Report on vaccination in the Province of Bengal - 1869-1873
Year: 1869
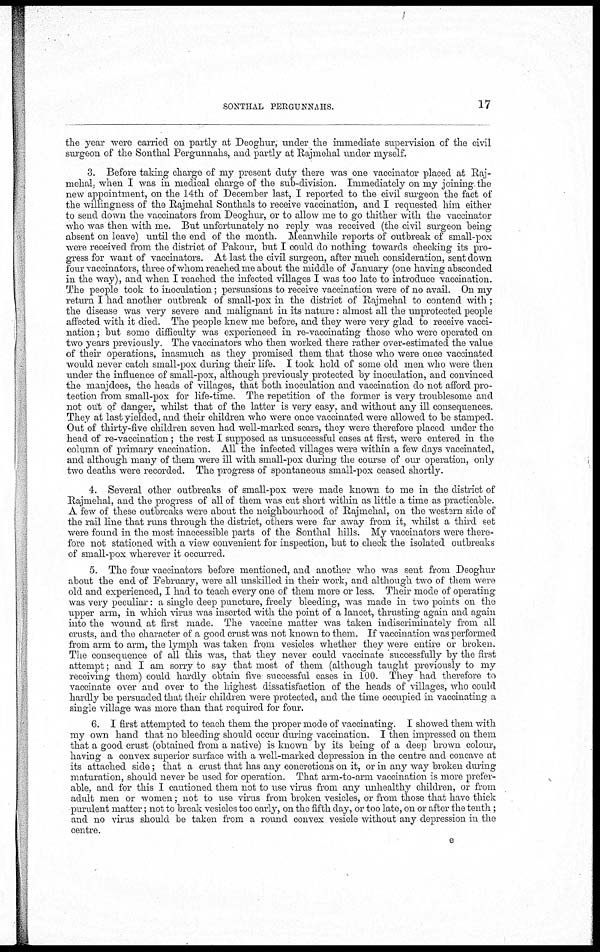
SONTHAL PERGUNNAHS.
17
the year were carried on partly at Deoghur, under the immediate supervision of the civil
surgeon of the Sonthal Pergunnahs, and partly at Rajmehal under myself.
3. Before taking charge of my present duty there was one vaccinator placed at Raj-
mehal. when I was in medical charge of the sub-division. Immediately on my joining the
new appointment, on the 14th of December last, I reported to the civil surgeon the fact of
the willingness of the Rajmehal Sonthals to receive vaccination, and I requested him either
to send down the vaccinators from Deoghur, or to allow me to go thither with the vaccinator
who was then with me. But unfortunately no reply was received (the civil surgeon being
absent on leave) until the end of the month. Meanwhile reports of outbreak of small-pox
were received from the district of Pakour, but I could do nothing towards checking its pro-
gress for want of vaccinators. At last the civil surgeon, after much consideration, sent down
four vaccinators, three of whom reached me about the middle of January (one having absconded
in the way), and when I reached the infected villages I was too late to introduce vaccination.
The people took to inoculation; persuasions to receive vaccination were of no avail. On my
return I had another outbreak of small-pox in the district of Rajmehal to contend with;
the disease was very severe and malignant in its nature: almost all the unprotected people
affected with it died. The people knew me before, and they were very glad to receive vacci-
nation ; but some difficulty was experienced in re-vaccinating those who were operated on
two years previously. The vaccinators who then worked there rather over-estimated the value
of their operations, inasmuch as they promised them that those who were once vaccinated
would never catch small-pox during their life. I took hold of some old men who were then
under the influence of small-pox, although previously protected by inoculation, and convinced
the manjdees, the heads of villages, that both inoculation and vaccination do not afford pro-
tection from small-pox for life-time. The repetition of the former is very troublesome and
not out of danger, whilst that of the latter is very easy. and without any ill consequences.
They at last yielded, and their children who were once vaccinated were allowed to be stamped.
Out of thirty-five children seven had well-marked scars, they were therefore placed under the
head of re-vaccination; the rest I supposed as unsuccessful cases at first, were entered in the
column of primary vaccination. All the infected villages were within a few days vaccinated,
and although many of them were ill with small-pox during the course of our operation, only
two deaths were recorded. The progress of spontaneous small-pox ceased shortly.
4. Several other outbreaks of small-pox were made known to me in the district of
Rajmehal, and the progress of all of them was cut short within as little a time as practicable.
A few of these outbreaks were about the neighbourhood of Rajmehal, on the western side of
the rail line that runs through the district, others were far away from it, whilst a third set
were found in the most inaccessible parts of the Sonthal hills. My vaccinators were there-
fore not stationed with a view convenient for inspection, but to check the isolated outbreaks
of small-pox wherever it occurred.
5. The four vaccinators before mentioned, and another who was sent from Deoghur
about the end of February, were all unskilled in their work, and although two of them were
old and experienced, I had to teach every one of them more or less. Their mode of operating
was very peculiar: a single deep puncture, freely bleeding, was made in two points on the
upper arm, in which virus was inserted with the point of a lancet, thrusting again and again
into the wound at first made. The vaccine matter was taken indiscriminately from all
crusts, and the character of a good crust was not known to them. If vaccination was performed
from arm to arm, the lymph was taken from vesicles whether they were entire or broken.
The consequence of all this was, that they never could vaccinate successfully by the first
attempt; and I am sorry to say that most of them (although taught previously to my
receiving them) could hardly obtain five successful cases in 100. They had therefore to
vaccinate over and over to the highest dissatisfaction of the heads of villages, who could
hardly be persuaded that their children were protected, and the time occupied in vaccinating a
single village was more than that required for four.
6. I first attempted to teach them the proper mode of vaccinating. I showed them with
my own hand that no bleeding should occur during vaccination. I then impressed on them
that a good crust (obtained from a native) is known by its being of a deep brown colour,
having a convex superior surface with a well-marked depression in the centre and concave at
its attached side; that a crust that has any concretions on it, or in any way broken during
maturation, should never be used for operation. That arm-to-arm vaccination is more prefer-
able, and for this I cautioned them not to use virus from any unhealthy children, or from
adult men or women; not to use virus from broken vesicles, or from those that have thick
purulent matter; not to break vesicles too early, on the fifth day, or too late, on or after the tenth;
and no virus should be taken from a round convex vesicle without any depression in the
centre.
e